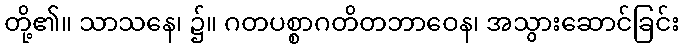
တို့၏။ သာသနေ၊ ၌။ ဂတပစ္စာဂတိတဘာဝေန၊ အသွားဆောင်ခြင်း